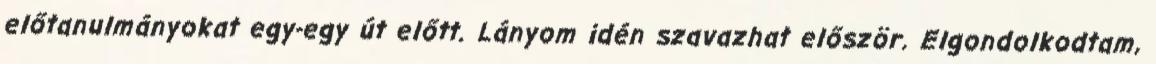
előtanulmányokat egy-egy út előtt. Lányom idén szavazhat először. Elgondolkodtam,